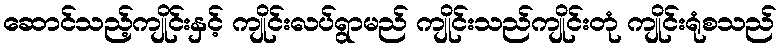
ဆောင်သည့်ကျိုင်းနှင့် ကျိုင်းလပ်ရွာမည် ကျိုင်းသည်ကျိုင်းတုံ ကျိုင်းရုံစသည်